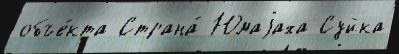
объе́кта Страна́ Юмаjаха Суйка